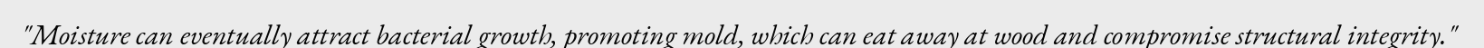
"Moisture can eventually attract bacterial growth, promoting mold, which can eat away at wood and compromise structural integrity."